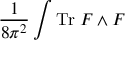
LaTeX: \frac { 1 } { 8 \pi ^ { 2 } } \int \mathrm { T r } \; F \wedge F